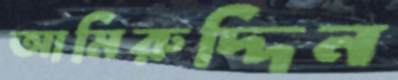
আমিরুদ্দিন